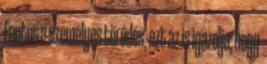
Fontos a személyes törôdés, ezt az is igazolja, hogy